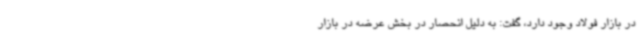
در بازار فولاد وجود دارد، گفت: به دلیل انحصار در بخش عرضه در بازار